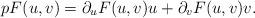
LaTeX: \begin{align*}p F(u,v) = \partial_u F(u,v)u + \partial_v F(u,v) v.\end{align*}